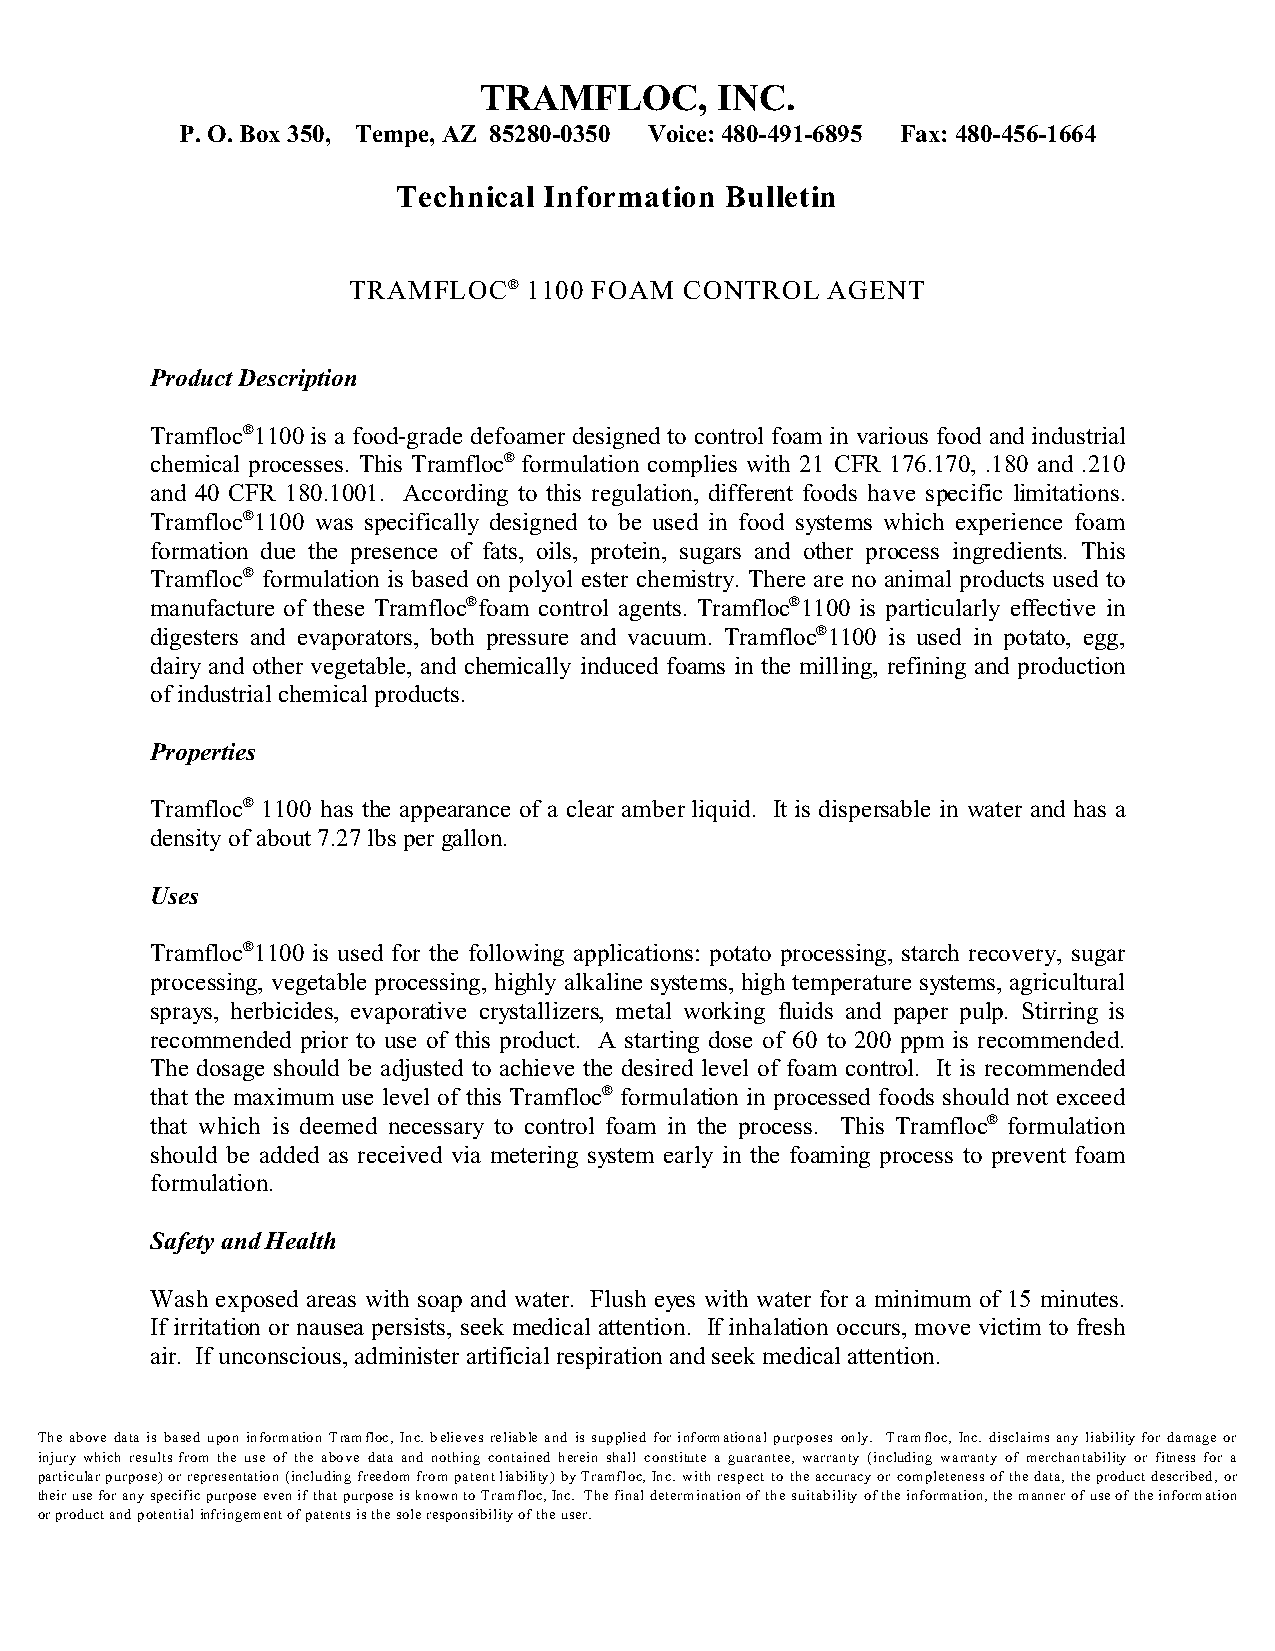
TRAMFLOC,      INC.
 P. O. Box 350, Tempe, AZ 85280-0350 Voice: 480-491-6895 Fax: 480-456-1664
 Technical Information Bulletin
 TRAMFLOC®   1100 FOAM CONTROL   AGENT
 Product Description
 Tramfloc®1100 is a food-grade defoamer designed to control foam in various food and industrial
 chemical processes. This Tramfloc® formulation complies with 21 CFR 176.170, .180 and .210
 and 40 CFR 180.1001. According to this regulation, different foods have specific limitations.
 Tramfloc®1100 was specifically designed to be used in food systems which experience foam
 formation due the presence of fats, oils, protein, sugars and other process ingredients. This
 Tramfloc® formulation is based on polyol ester chemistry. There are no animal products used to
 manufacture of these Tramfloc®foam control agents. Tramfloc®1100 is particularly effective in
 digesters and evaporators, both pressure and vacuum. Tramfloc®1100 is used in potato, egg,
 dairy and other vegetable, and chemically induced foams in the milling, refining and production
 of industrial chemical products.
 Properties
 Tramfloc® 1100 has the appearance of a clear amber liquid. It is dispersable in water and has a
 density of about 7.27 lbs per gallon.
 Uses
 Tramfloc®1100 is used for the following applications: potato processing, starch recovery, sugar
 processing, vegetable processing, highly alkaline systems, high temperature systems, agricultural
 sprays, herbicides, evaporative crystallizers, metal working fluids and paper pulp. Stirring is
 recommended prior to use of this product. A starting dose of 60 to 200 ppm is recommended.
 The dosage should be adjusted to achieve the desired level of foam control. It is recommended
 that the maximum use level of this Tramfloc® formulation in processed foods should not exceed
 that which is deemed necessary to control foam in the process. This Tramfloc® formulation
 should be added as received via metering system early in the foaming process to prevent foam
 formulation.
 Safety and Health
 Wash exposed areas with soap and water. Flush eyes with water for a minimum of 15 minutes.
 If irritation or nausea persists, seek medical attention. If inhalation occurs, move victim to fresh
 air. If unconscious, administer artificial respiration and seek medical attention.
 The above data is based upon information Tramfloc, Inc. believes reliable and is supplied for informational purposes only. Tramfloc, Inc. disclaims any liability for damage or
 injury which results from the use of the above data and nothing contained herein shall constitute a guarantee, warranty (including warranty of merchantability or fitness for a
 particular purpose) or representation (including freedom from patent liability) by Tramfloc, Inc. with respect to the accuracy or completeness of the data, the product described, or
 their use for any specific purpose even if that purpose is known to Tramfloc, Inc. The final determination of the suitability of the information, the manner of use of the information
 or product and potential infringement of patents is the sole responsibility of the user.